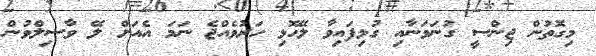
މިގޮތުން ޖިންސީ ގުނަވަނާއި ގުޅިފައިވާ ލޭހޮޅި ހަރުވެއްޖެ ނަމަ އެއަށް ލޭ ވާސިލްވުން